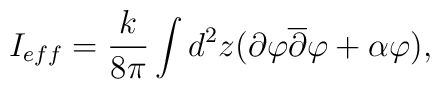
I_{eff}=\frac {k}{8\pi }\int d^2z(\partial \varphi \overline{\partial} \varphi +\alpha \varphi),